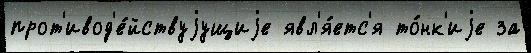
прот'ивод'е́йствуjущиjе явл'я́етс'я то́нк'иjе за